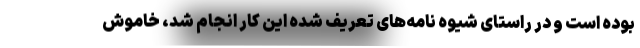
بوده است و در راستای شیوه نامه‌های تعریف شده این کار انجام شد، خاموش